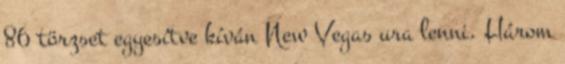
86 törzset egyesítve kíván New Vegas ura lenni. Három